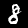
Digit: 8